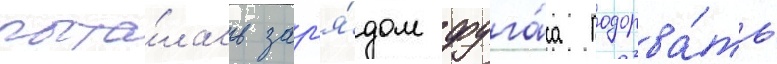
пыта́лась зар'я́дом фуга́са подорва́ть